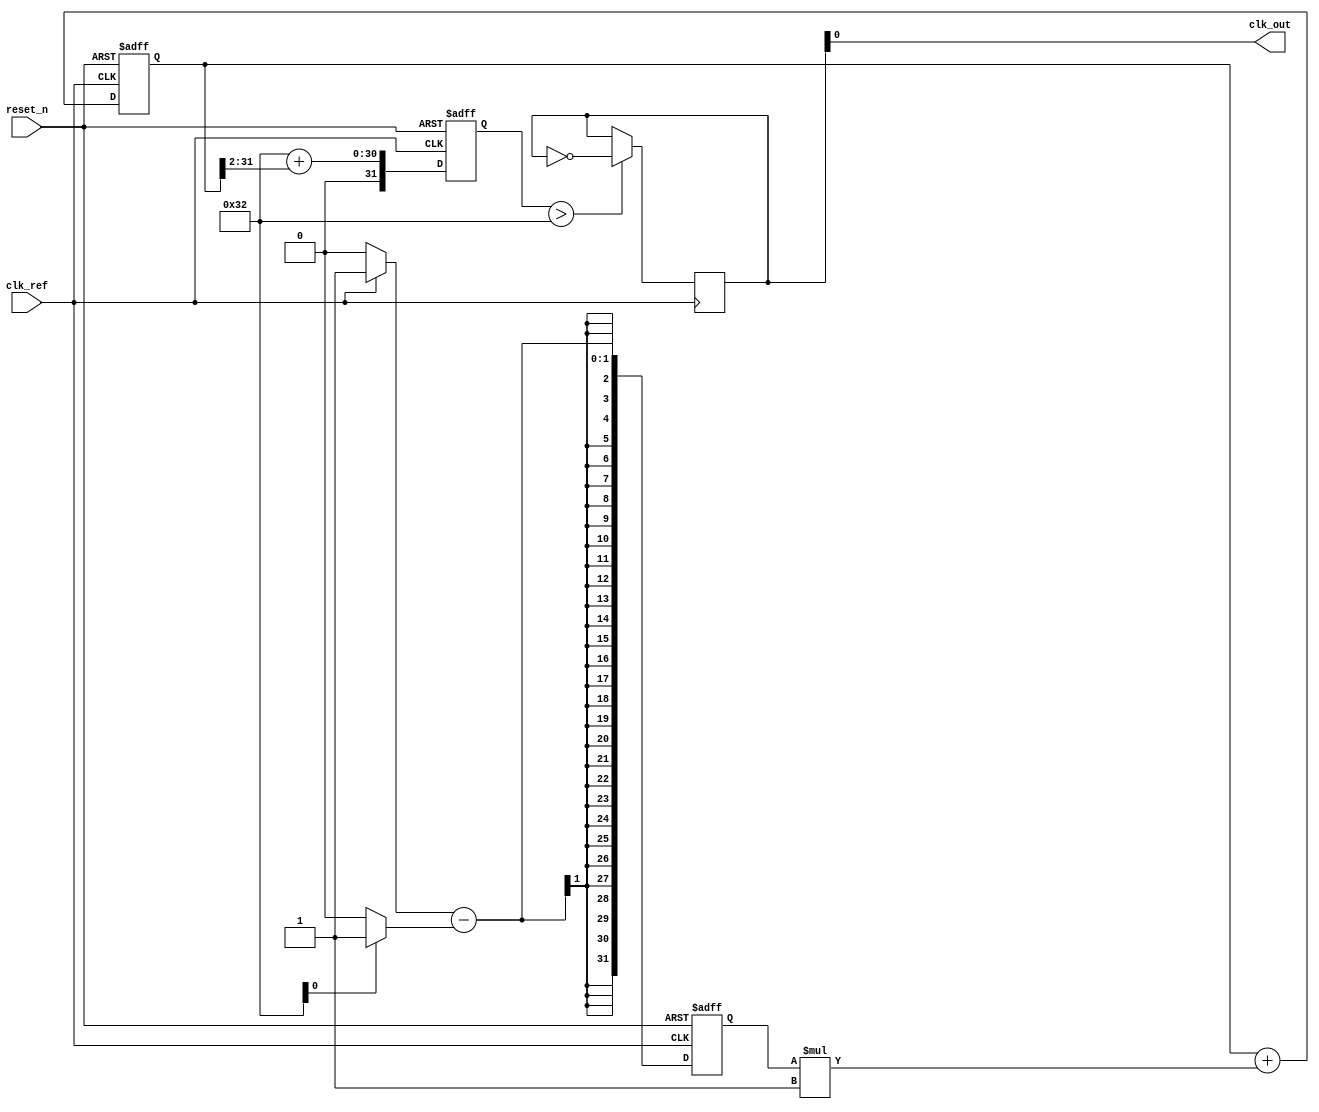
module pll(
    input wire clk_ref,         // Reference clock input
    input wire reset_n,        // Active low reset
    output wire clk_out        // Output clock from VCO
);

// Parameters
parameter PHASE_DETECTOR_GAIN = 1; // Gain for phase detector
parameter LOOP_FILTER_GAIN = 1;     // Gain for loop filter
parameter VCO_FREQUENCY_BASE = 50;  // Base frequency for VCO in MHz

// Internal Signals
reg [31:0] phase_error;            // Phase error from phase detector
reg [31:0] control_voltage;         // Control voltage for VCO
reg [31:0] vco_output;              // Output of VCO
reg [31:0] vco_frequency;           // Current frequency of VCO
wire clk_feedback;                  // Feedback clock

// Phase Detector
always @(posedge clk_ref or negedge reset_n) begin
    if (!reset_n) begin
        phase_error <= 0;
    end else begin
        // Simplified phase detection logic
        // In reality, this needs edge detection and comparison
        phase_error <= (clk_ref ? 1 : 0) - (clk_feedback ? 1 : 0);
    end
end

// Loop Filter (Simple proportional controller)
always @(posedge clk_ref or negedge reset_n) begin
    if (!reset_n) begin
        control_voltage <= 0;
    end else begin
        // Apply feedback from the phase error to the control voltage
        control_voltage <= control_voltage + (phase_error * LOOP_FILTER_GAIN);
    end
end

// Voltage-Controlled Oscillator (VCO)
always @(posedge clk_ref or negedge reset_n) begin
    if (!reset_n) begin
        vco_frequency <= VCO_FREQUENCY_BASE; 
    end else begin
        // Control frequency based on control voltage
        vco_frequency <= VCO_FREQUENCY_BASE + (control_voltage >> 2); // Adjust frequency
    end
end

// Generate the VCO output clock based on vco_frequency
always @(posedge clk_ref) begin
    // Generate output clock based on VCO frequency
    // This requires a clock divider for frequency generation
    // Here we will just simulate a toggle for demonstration
    if (vco_frequency > 50) begin
        vco_output <= ~vco_output; // Basic toggling logic for higher frequency
    end else begin
        vco_output <= vco_output;
    end
end

assign clk_out = vco_output;

endmodule